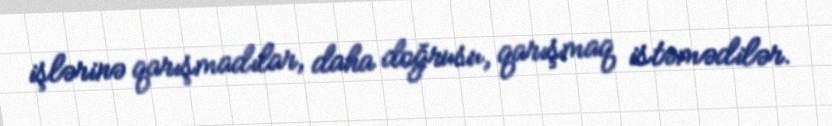
işlərinə qarışmadılar, daha doğrusu, qarışmaq istəmədilər.